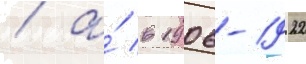
/ а́ в 1906-1922